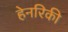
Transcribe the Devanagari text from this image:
हेनरिकी